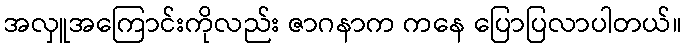
အလှူအကြောင်းကိုလည်း ဇာဂနာက ကနေ ပြောပြလာပါတယ်။